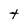
Character: t